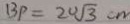
B P = 2 0 \sqrt { 3 } c m